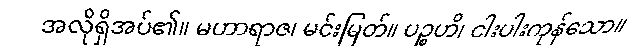
အလိုရှိအပ်၏။ မဟာရာဇ၊ မင်းမြတ်။ ပဉ္စဟိ၊ ငါးပါးကုန်သော။